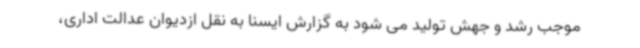
موجب رشد و جهش تولید می شود به گزارش ایسنا به نقل ازدیوان عدالت اداری،